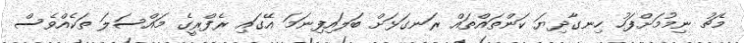
މެޗު ނިމުމަށްފަހު ހިނގާދިޔަ ކަންތައްތައް ރަނގަޅަށް ބަލައިފިނަމަ އޭގައި ރެެފްރީގެ މައްސަލަ ތަކެއްވެސް